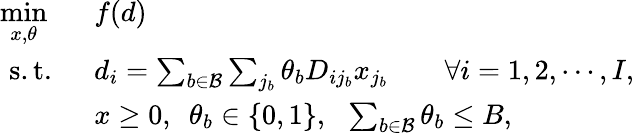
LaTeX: \begin{array}{rl}{\underset{x,\theta}{\operatorname*{min}}\ \ }&{f(d)}\\ {\mathrm{s.t.}\ \ }&{d_{i}=\sum_{b\in\mathcal{B}}\sum_{j_{b}}\theta_{b}D_{ij_{b}}x_{j_{b}}\quad\quad\forall i=1,2,\cdots,I,}\\ &{x\geq 0,\ \ \theta_{b}\in\{ 0,1\} ,\ \ \sum_{b\in\mathcal{B}}\theta_{b}\leq B,}\end{array}